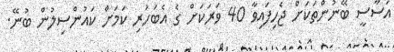
އަސާސީ ބޭނުންތަކަށް ޖެހިފައިވާ 40 ވަރަކަށް ގެ އެބަހުރި ކަމަށް ކައުންސިލުން ބުނޭ.